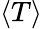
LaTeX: \left\langle T\right\rangle